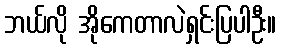
ဘယ်လို အိုကေတာလဲရှင်းပြပါဦး။